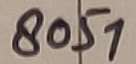
Text: 8051